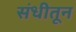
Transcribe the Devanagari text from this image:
संधीतून